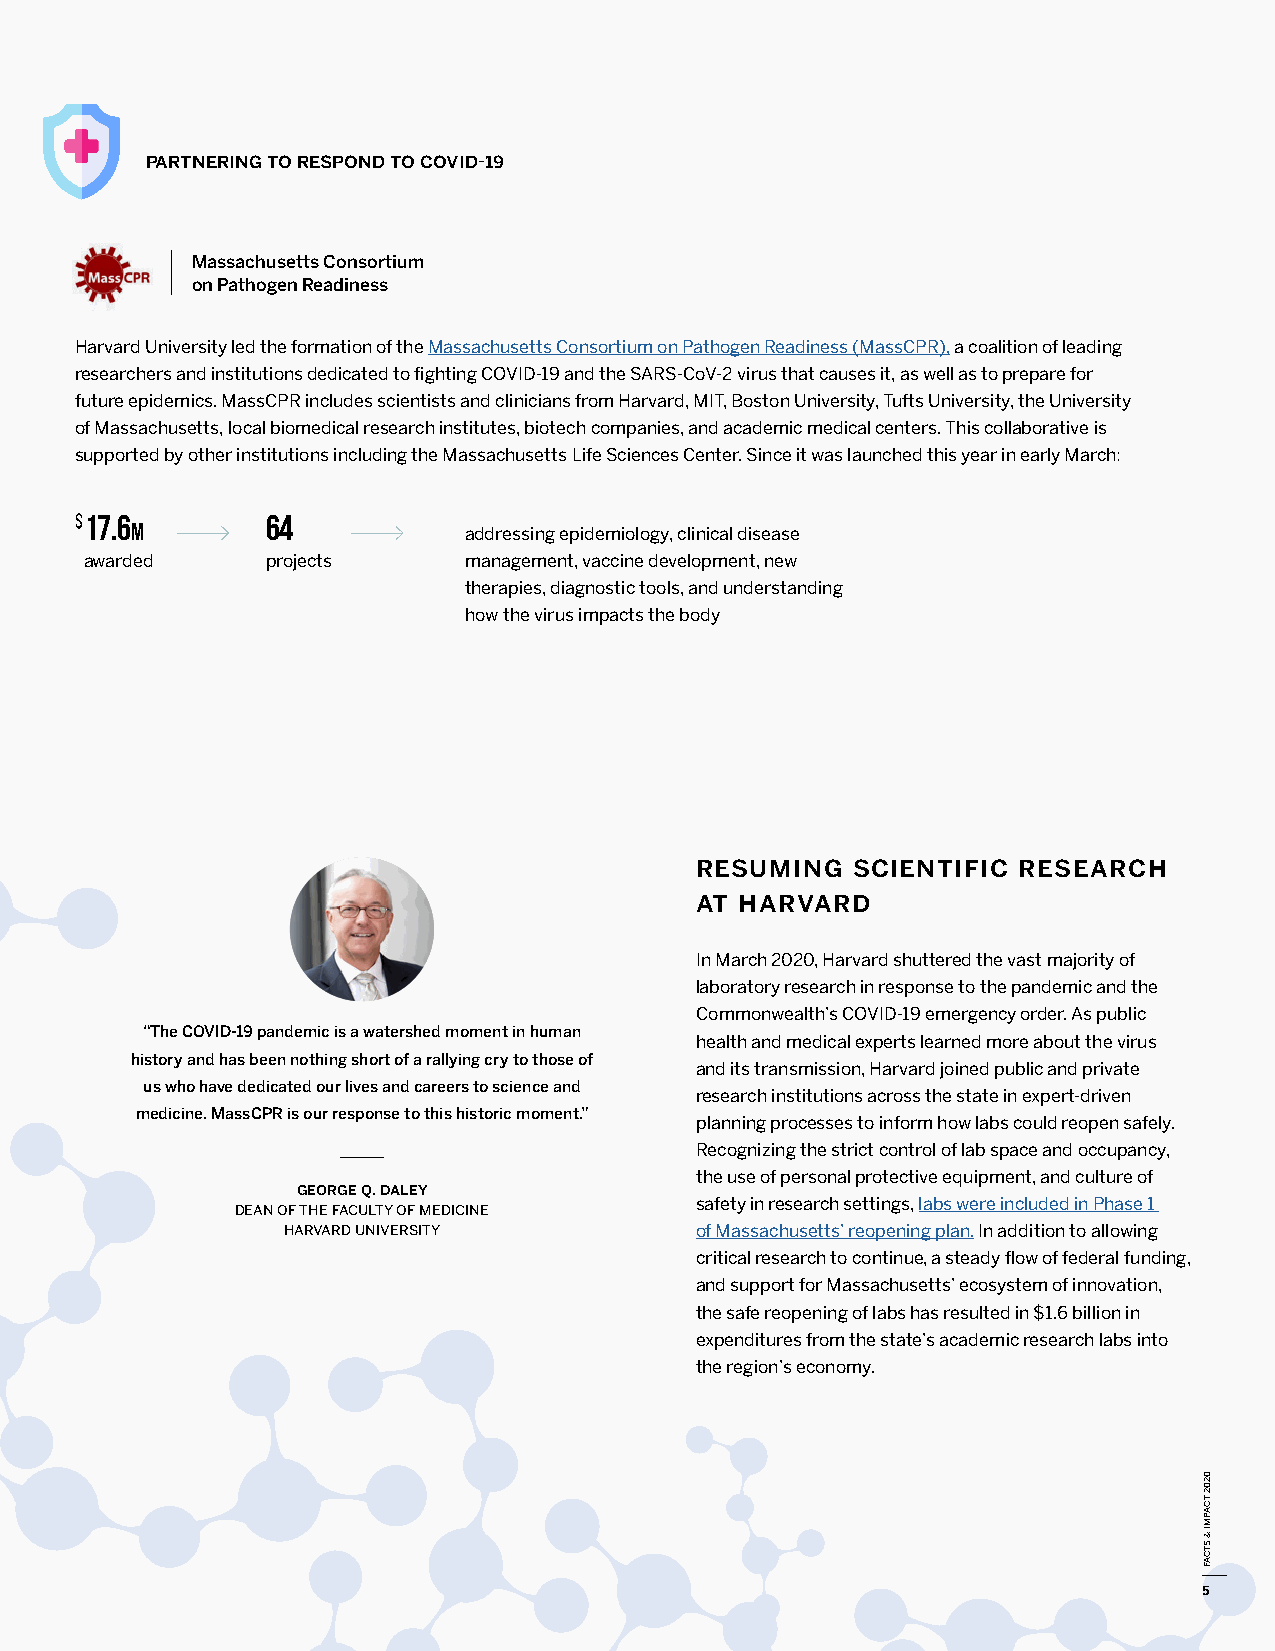
partnering to respond to covid-19
 Massachusetts Consortium
 on Pathogen Readiness
 Harvard University led the formation of the Massachusetts Consortium on Pathogen Readiness (MassCPR), a coalition of leading
 researchers and institutions dedicated to fighting COVID-19 and the SARS-CoV-2 virus that causes it, as well as to prepare for
 future epidemics. MassCPR includes scientists and clinicians from Harvard, MIT, Boston University, Tufts University, the University
 of Massachusetts, local biomedical research institutes, biotech companies, and academic medical centers. This collaborative is
 supported by other institutions including the Massachusetts Life Sciences Center. Since it was launched this year in early March:
 $ 17.6       64
 m                     addressing epidemiology, clinical disease
 awarded     projects     management, vaccine development, new
 therapies, diagnostic tools, and understanding
 how the virus impacts the body
 resuming  scientific research
 at harvard
 In March 2020, Harvard shuttered the vast majority of
 laboratory research in response to the pandemic and the
 Commonwealth’s COVID-19 emergency order. As public
 “The COVID-19 pandemic is a watershed moment in human
 health and medical experts learned more about the virus
 history and has been nothing short of a rallying cry to those of
 and its transmission, Harvard joined public and private
 us who have dedicated our lives and careers to science and
 research institutions across the state in expert-driven
 medicine. MassCPR is our response to this historic moment.”
 planning processes to inform how labs could reopen safely.
 Recognizing the strict control of lab space and occupancy,
 the use of personal protective equipment, and culture of
 george q. daley
 dean of the faculty of medicine safety in research settings, labs were included in Phase 1
 harvard university         of Massachusetts’ reopening plan. In addition to allowing
 critical research to continue, a steady flow of federal funding,
 and support for Massachusetts’ ecosystem of innovation,
 the safe reopening of labs has resulted in $1.6 billion in
 expenditures from the state’s academic research labs into
 the region’s economy.
 5
 0202
 tcapmi
 &
 stcaf